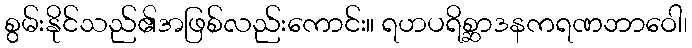
စွမ်းနိုင်သည်၏အဖြစ်လည်းကောင်း။ ရဟပရိစ္ဆာဒနကရဏဘာဝေါ၊